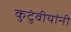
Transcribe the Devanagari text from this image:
कुटुंवीयांनी